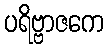
ပရိဗ္ဗာဇကေ